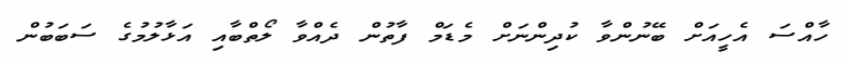
ހާއްސަ އެހީއަށް ބޭނުންވާ ކުދިންނަށް މެޑަމް ފާތުން ދެއްވާ ލޯތްބާއި އަޅާލުމުގެ ސަބަބުން